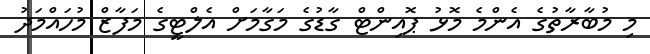
މި މުބާރާތުގެ އެންމެ މޮޅު ޕޮއިންޓް ގާޑުގެ މަގާމަށް އެލްޓީގެ މަފާޒް މުހައްމަދު